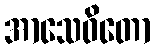
အာသေဝိတော